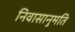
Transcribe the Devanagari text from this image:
निवासानुमति